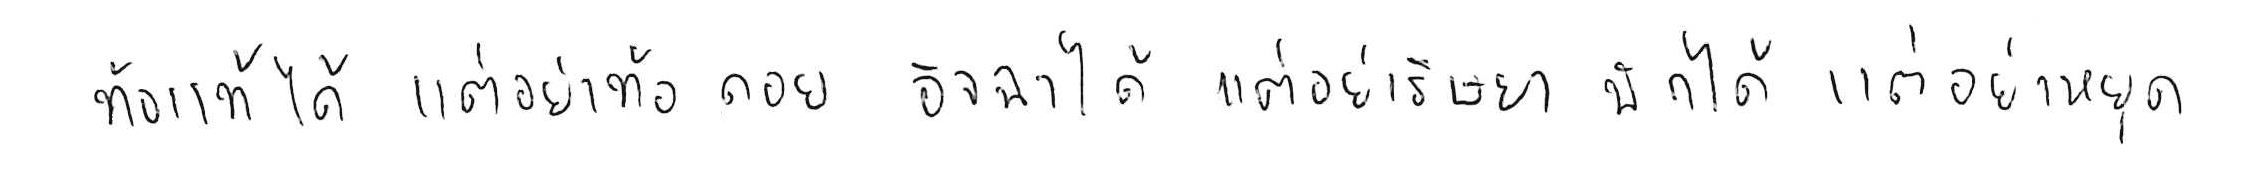
ท้อแท้ได้ แต่อย่าท้อถอย อิจฉาได้ แต่อย่าริษยา พักได้ แต่อย่าหยุด